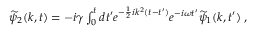
\begin{array} { r } { \widetilde { \psi } _ { 2 } ( k , t ) = - i \gamma \int _ { 0 } ^ { t } d t ^ { \prime } e ^ { - \frac { 1 } { 2 } i k ^ { 2 } ( t - t ^ { \prime } ) } e ^ { - i \omega t ^ { \prime } } \widetilde { \psi } _ { 1 } ( k , t ^ { \prime } ) \; , } \end{array}